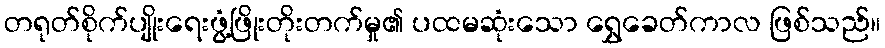
တရုတ်စိုက်ပျိုးရေးဖွံ့ဖြိုးတိုးတက်မှု၏ ပထမဆုံးသော ရွှေခေတ်ကာလ ဖြစ်သည်။